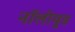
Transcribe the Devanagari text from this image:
नॉलीवुड